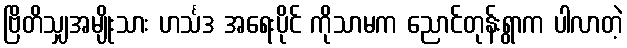
ဗြိတိသျှအမျိုးသား ဟင်္သဒ အရေးပိုင် ကိုသာမက ညောင်တုန်းရွာက ပါလာတဲ့